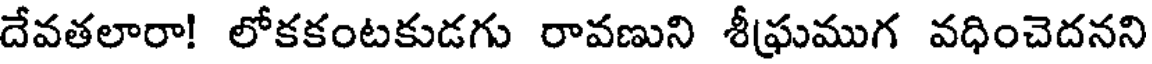
దేవతలారా! లోకకంటకుడగు రావణుని శీఘ్రముగ వధించెదనని